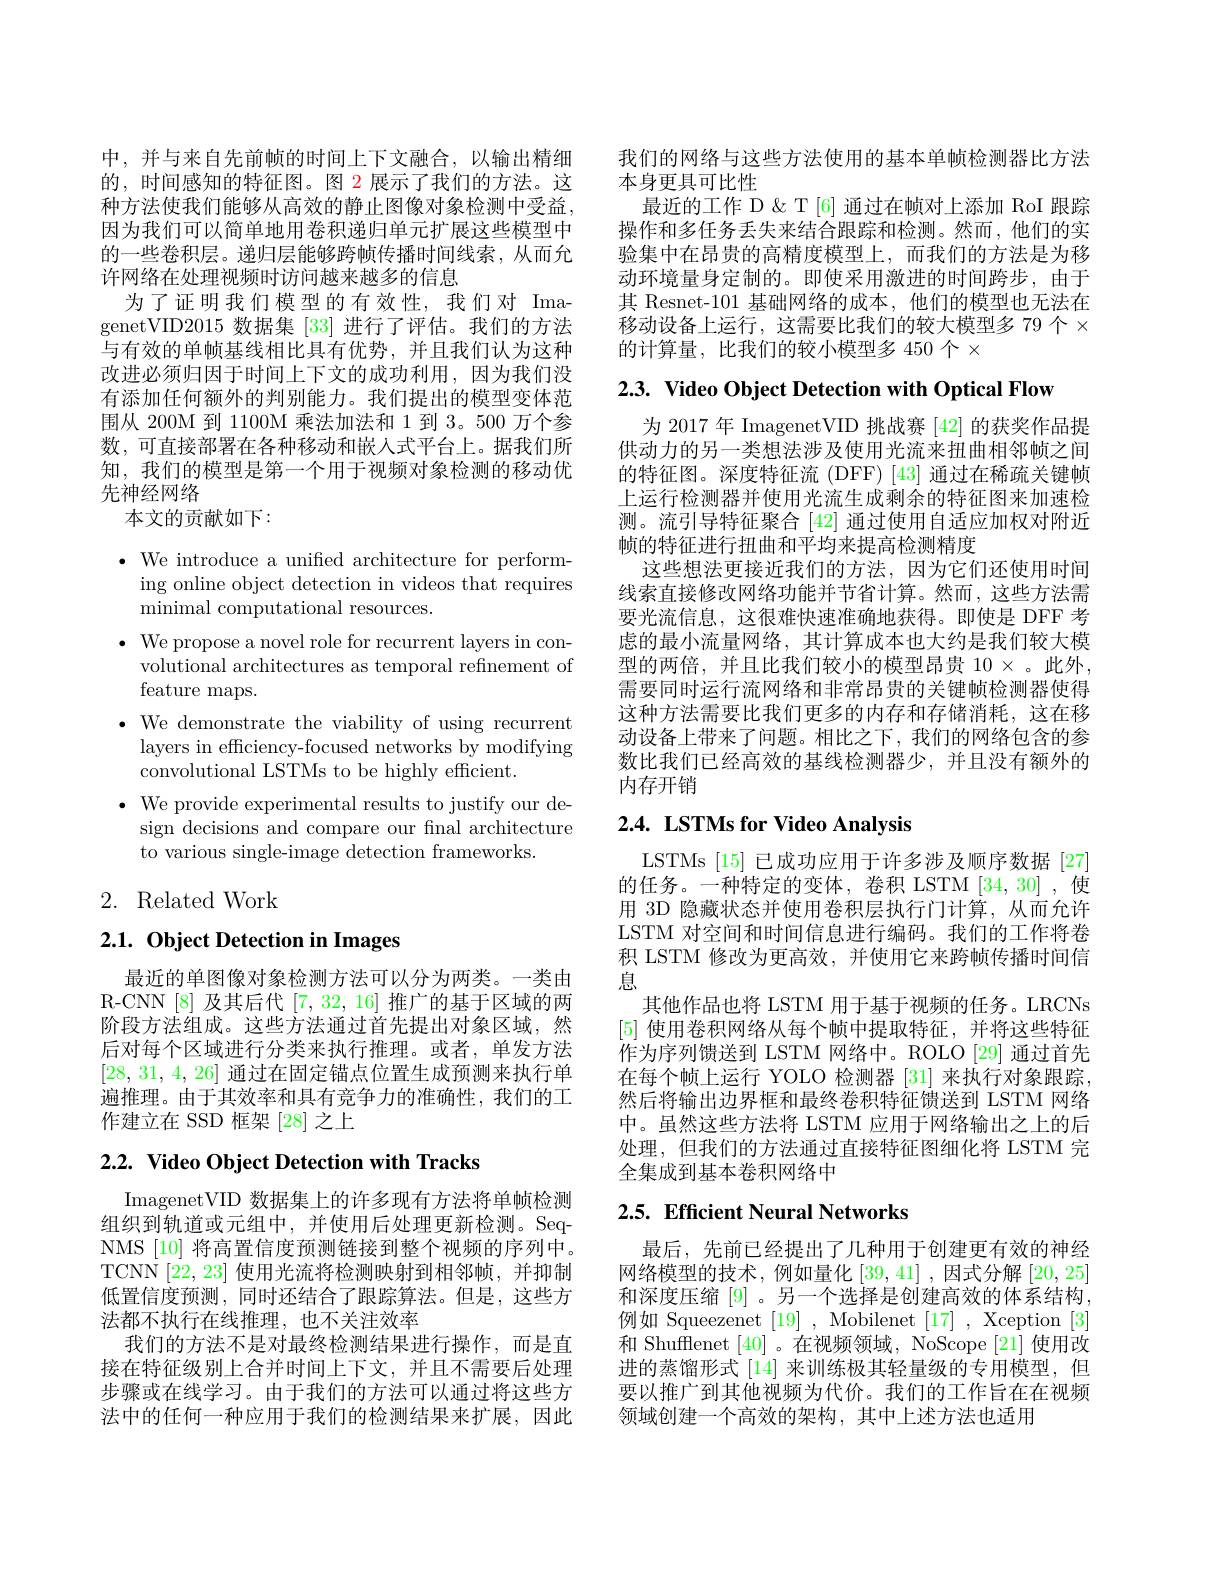
中，并与来自先前帧的时间上下文融合，以输出精细的，时间感知的特征图。图 2 展示了我们的方法。这种方法使我们能够从高效的静止图像对象检测中受益， 因为我们可以简单地用卷积递归单元扩展这些模型中的一些卷积层。递归层能够跨帧传播时间线索，从而允许网络在处理视频时访问越来越多的信息
为了证明我们模型的有效性，我们对 ImagenetVID2015 数据集 [33] 进行了评估。我们的方法与有效的单帧基线相比具有优势，并且我们认为这种改进必须归因于时间上下文的成功利用，因为我们没有添加任何额外的判别能力。我们提出的模型变体范围从 200M 到 1100M 乘法加法和 1 到 3。500 万个参数，可直接部署在各种移动和嵌入式平台上。据我们所知，我们的模型是第一个用于视频对象检测的移动优先神经网络
本文的贡献如下：

$\bullet$ We introduce a unified architecture for perform-
ing online object detection in videos that requires
minimal computational resources.
$\bullet$ We propose a novel role for recurrent layers in con-
volutional architectures as temporal refinement of
feature maps.
· We demonstrate the viability of using recurrent
layers in efficiency-focused networks by modifying
convolutional LSTMs to be highly efficient.
$\bullet$ We provide experimental results to justify our de-
sign decisions and compare our fnal architecture
to various single-image detection frameworks.

# 2. Related Work

# 2.1. Object Detection in Images

最近的单图像对象检测方法可以分为两类。一类由R-CNN[8]及其后代[7,32,16]推广的基于区域的两阶段方法组成。这些方法通过首先提出对象区域，然后对每个区域进行分类来执行推理。或者，单发方法[28,31,4,26]通过在固定锚点位置生成预测来执行单遍推理。由于其效率和具有竞争力的准确性，我们的工作建立在 SSD 框架[28]之上

## $2. 2. \textbf{ Video Object Detection with Tracks}$

ImagenetVID 数据集上的许多现有方法将单帧检测组织到轨道或元组中，并使用后处理更新检测。SeqNMS [10] 将高置信度预测链接到整个视频的序列中。TCNN [22,23]使用光流将检测映射到相邻帧，并抑制低置信度预测，同时还结合了跟踪算法。但是，这些方法都不执行在线推理，也不关注效率
我们的方法不是对最终检测结果进行操作，而是直接在特征级别上合并时间上下文，并且不需要后处理步骤或在线学习。由于我们的方法可以通过将这些方法中的任何一种应用于我们的检测结果来扩展，因此

我们的网络与这些方法使用的基本单帧检测器比方法
本身更具可比性
最近的工作 D & T [6] 通过在帧对上添加 RoI 跟踪操作和多任务丢失来结合跟踪和检测。然而，他们的实验集中在昂贵的高精度模型上，而我们的方法是为移动环境量身定制的。即使采用激进的时间跨步，由于其 Resnet-101 基础网络的成本，他们的模型也无法在移动设备上运行，这需要比我们的较大模型多 79 个$\times$ 的计算量，比我们的较小模型多 450 个$\times$

2.3. Video Object Detection with Optical Flow

为 2017 年 ImagenetVID 挑战赛 [42] 的获奖作品提供动力的另一类想法涉及使用光流来扭曲相邻帧之间的特征图。深度特征流 (DFF) [43] 通过在稀疏关键帧上运行检测器并使用光流生成剩余的特征图来加速检测。流引导特征聚合 [42] 通过使用自适应加权对附近帧的特征进行扭曲和平均来提高检测精度
这些想法更接近我们的方法，因为它们还使用时间线索直接修改网络功能并节省计算。然而，这些方法需要光流信息，这很难快速准确地获得。即使是 DFF 考虑的最小流量网络，其计算成本也大约是我们较大模型的两倍，并且比我们较小的模型昂贵$10\times$。此外， 需要同时运行流网络和非常昂贵的关键帧检测器使得这种方法需要比我们更多的内存和存储消耗，这在移动设备上带来了问题。相比之下，我们的网络包含的参数比我们已经高效的基线检测器少，并且没有额外的内存开销

## $2. 4. \textbf{ LSTMs for Video Analysis}$

LSTMs [15] 已成功应用于许多涉及顺序数据 [27] 的任务。一种特定的变体，卷积 LSTM [34,30] ,使用 3D 隐藏状态并使用卷积层执行门计算，从而允许LSTM 对空间和时间信息进行编码。我们的工作将卷积 LSTM 修改为更高效，并使用它来跨帧传播时间信息
其他作品也将 LSTM 用于基于视频的任务。LRCNs [5]使用卷积网络从每个帧中提取特征，并将这些特征作为序列馈送到 LSTM 网络中。ROLO [29] 通过首先在每个帧上运行 YOLO 检测器[31] 来执行对象跟踪， 然后将输出边界框和最终卷积特征馈送到 LSTM 网络中。虽然这些方法将 LSTM 应用于网络输出之上的后处理，但我们的方法通过直接特征图细化将 LSTM 完全集成到基本卷积网络中

## 2.5. Efficient Neural Networks

最后，先前已经提出了几种用于创建更有效的神经网络模型的技术，例如量化[39,41],因式分解[20,25] 和深度压缩[9] 。另一个选择是创建高效的体系结构， 例如 Squeezenet [19] , Mobilenet [17] , Xception [3] 和 Shufflenet [40] 。在视频领域，NoScope [21]使用改进的蒸馏形式[14] 来训练极其轻量级的专用模型，但要以推广到其他视频为代价。我们的工作旨在在视频领域创建一个高效的架构，其中上述方法也适用